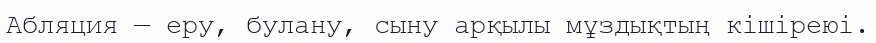
Абляция — еру, булану, сыну арқылы мұздықтың кішіреюі.